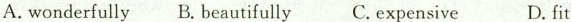
A.wonderfully B.beautifully C.expensive D.fit